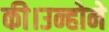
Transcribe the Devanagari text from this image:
की।उन्होने